Lock hospitals Punjab
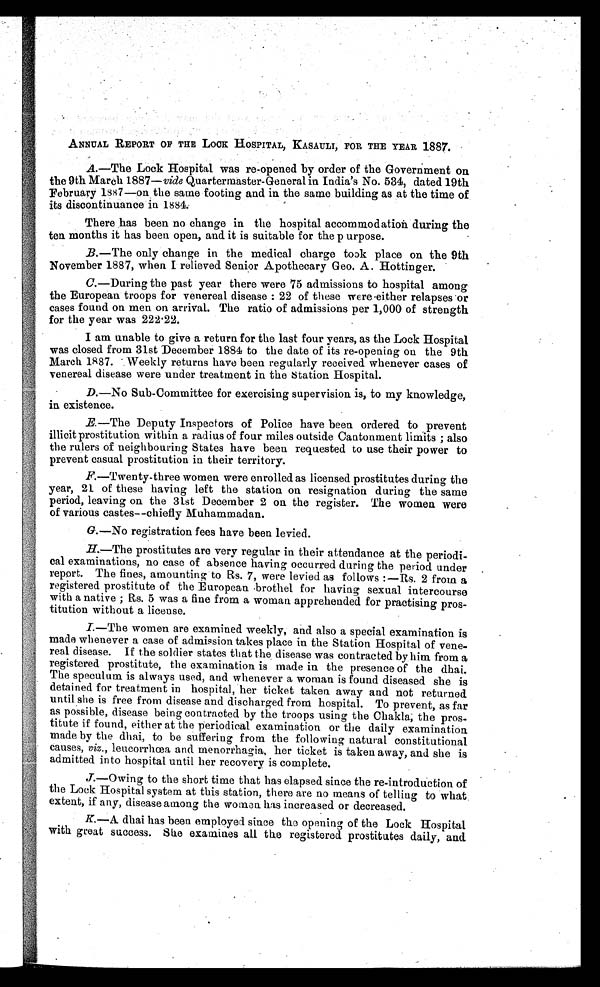
ANNUAL REPORT OF THE LOOK HOSPITAL, KASAULI, FOR THE YEAR 1887.
A.—The Lock Hospital was re-opened by order of the Government on
the 9th March 1887—vide Quartermaster-General in. India's No. 534, dated 19th
February 1887—on the same footing and in. the same building as at the time of
its discontinuance in 1884.
There has been no change in the hospital accommodation during the
ten months it has been open, and it is suitable for the p urpose.
B.—The only change in the medical charge took place on the 9th
November 1887, when I relieved Senior Apothecary Geo. A. Hottinger.
C.—During the past year there were 75 admissions to hospital among
the European troops for venereal disease : 22 of these were either relapses or
cases found on men on arrival. The ratio of admissions per 1,000 of strength
for the year was 222.22.
I am unable to give a return for the last four years, as the Lock Hospital
was closed from 31st December 1884 to the date of its re-opening on the 9th
March 1887. Weekly returns have been regularly received whenever cases of
venereal disease were under treatment in the Station Hospital.
D.—No Sub-Committee for exercising supervision is, to my knowledge,
in existence.
E.—The Deputy Inspectors of Police have been ordered to prevent
illicit prostitution within a radius of four miles outside Cantonment limits ; also
the rulers of neighbouring States have been requested to use their power to
prevent casual prostitution in their territory.
F.—Twenty-three women were enrolled as licensed prostitutes during the
year, 21 of these having left the station on resignation during the same
period, leaving on the 31st December 2 on the register. The women were
of various castes—chiefly Muhammadan.
G.—No registration fees have been levied.
H.—The prostitutes are very regular in their attendance at the periodi-
cal examinations, no case of absence having occurred during the period under
report. The fines, amounting to Rs. 7, were levied as follows :—Rs. 2 from a
registered prostitute of the European brothel for having sexual intercourse
with a native ; Rs. 5 was a fine from a woman apprehended for practising pros-
titution without a license.
I.
—The women are examined weekly, and also a special examination is
made whenever a case of admission takes place in the Station Hospital of vene-
real disease. If the soldier states that the . disease was contracted by him from a
registered prostitute, the examination is made in the presence of the dhai.
The speculum is always used, and whenever a woman is found diseased she is
detained for treatment in hospital, her ticket taken away and not returned
until she is free from disease and discharged from hospital. To prevent, as far
as possible, disease being contracted by the troops using the Chakla; the pros-
titute if found, either at the periodical examination or the daily examination
made by the dhai, to be suffering from the following natural constitutional
causes, viz. , leucorrhœa and menorrhagia, her ticket is taken away, and she is
admitted into hospital until her recovery is complete.
J.—Owing to the short time that has elapsed since the re-introduction of
the Lock Hospital system at this station, there are no means of telling to what
extent, if any, disease among the women has increased or decreased.
K.—A. dhai has been employed since the opening of the Lock Hospital
with great success. She examines all the registered prostitutes daily, and